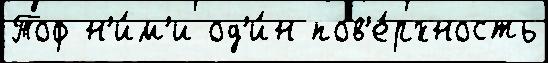
Тоф н'и́м'и од'и́н пов'е́рхность